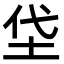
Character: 垈